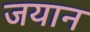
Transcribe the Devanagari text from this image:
जयान